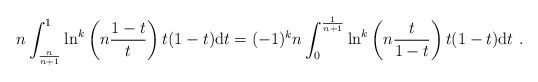
\begin{align*}n\int_{\frac{n}{n+1}}^{1}\ln^k\left(n\frac{1-t}{t}\right)t(1-t)\mathrm{d}t = (-1)^k n\int_{0}^{\frac{1}{n+1}}\ln^k\left(n\frac{t}{1-t}\right)t(1-t)\mathrm{d}t\ .\end{align*}